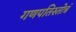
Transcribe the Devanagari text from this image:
गणपतिस्तोत्रं